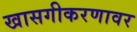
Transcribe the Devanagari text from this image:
खासगीकरणावर